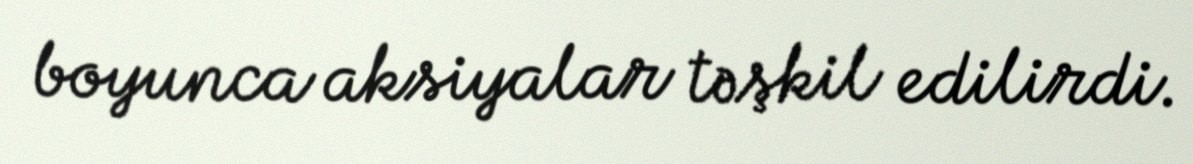
boyunca aksiyalar təşkil edilirdi.